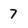
Character: 7